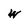
Character: w